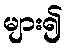
များ၍